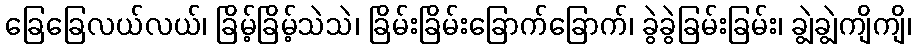
ခြေခြေလယ်လယ်၊ ခြိမ့်ခြိမ့်သဲသဲ၊ ခြိမ်းခြိမ်းခြောက်ခြောက်၊ ခွဲခွဲခြမ်းခြမ်း၊ ချွဲချွဲကျိကျိ၊